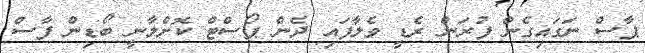
ޕާސް ނަގައިގެން ފުރަން ރެޑީ ވެލާފައި ދެން ޕޯސްޓް ކޮށްލާނީ ބޯޑިން ފާސް